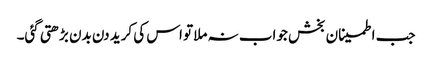
جب اطمینان بخش جواب نہ ملا تو اس کی کرید دن بدن بڑھتی گئی۔